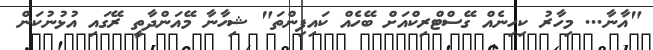
"އާނާ... މިހާރު ކިހިނެއް ގޭސްޓްރިކްއަށް ބޭހެއް ކައިފިންތަ" ޝިހާނާ މޭއަންދާތީ ރޭގައި އުޅުނުކަން